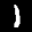
Label: 1